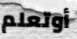
أوتعلم